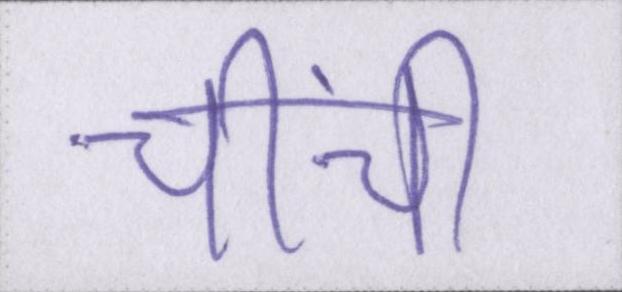
चींची